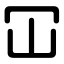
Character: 冚